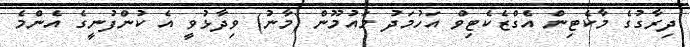
ދިރާގުގެ މާކެޓިން އެގްޒެކެޓިވް އަހުމަދު މައުމޫން (މާނު) ވިދާޅުވީ އެ ކުންފުނީގެ އެންމެ